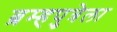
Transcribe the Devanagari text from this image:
ब्रम्हपुत्रेला